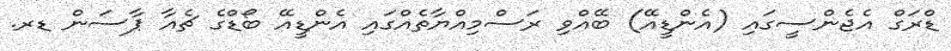
ޑްރަގް އެޖެންސީގައި (އެންޑީއޭ) ބޭއްވި ރަސްމިއްޔާތެއްގައި އެންޑީއޭ ބޯޑްގެ ޗެއާ ޕާސަން ޑރ.